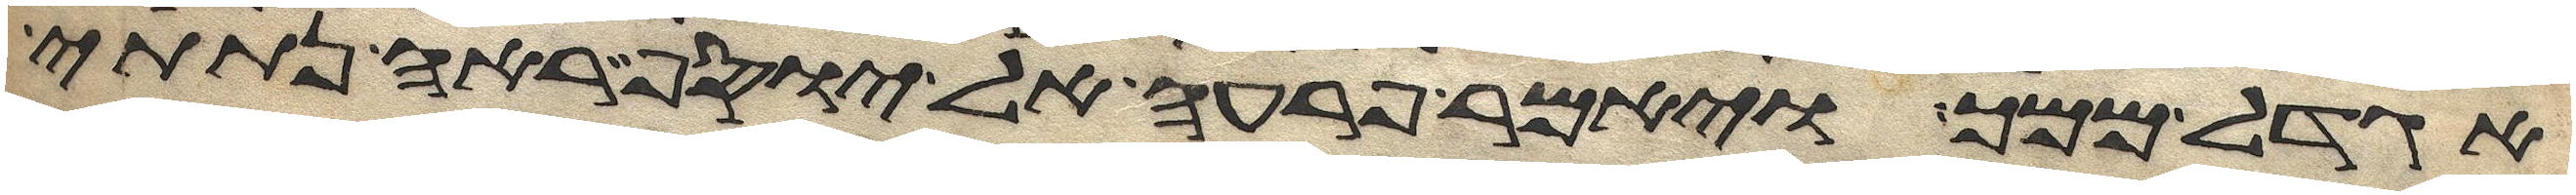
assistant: אגדל ממך ויאמר פרעה אל יוסף ראה נתתי